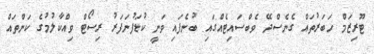
ޓޫރިޒަމް ހަބަރުތައް ގެނެސްދޭ ވެބްސައިޓެއްގައި ބުނެފައި ވަނީ ކުޑަފުނަފަރު ރިސޯޓް ވިއްކާލުމުގެ ކަންތައް